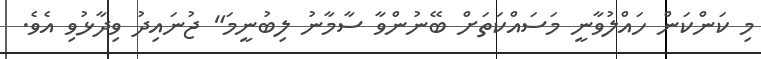
މި ކަންކަން ހައްލުވާނީ މަސައްކަތަށް ބޭނުންވާ ސާމާނު ލިބުނީމަ" ޖުނައިދު ވިދާޅުވި އެވެ.